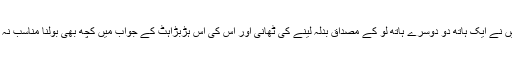
لیکن میں نے ایک ہاتھ دو دوسرے ہاتھ لو کے مصداق بدلہ لینے کی ٹھانی اور اس کی اس ہڑبڑاہٹ کے جواب میں کچھ بھی بولنا مناسب نہ سمجھا۔